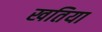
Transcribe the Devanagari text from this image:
खतिया